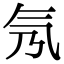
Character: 氖